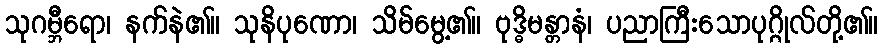
သုဂမ္ဘီရော၊ နက်နဲ၏။ သုနိပုဏော၊ သိမ်မွေ့၏။ ဗုဒ္ဓိမန္တာနံ၊ ပညာကြီးသောပုဂ္ဂိုလ်တို့၏။